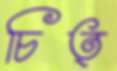
চিত্